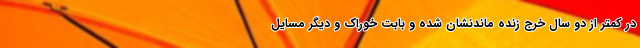
در کمتر از دو سال خرج زنده ماندنشان شده و بابت خوراک و دیگر مسایل